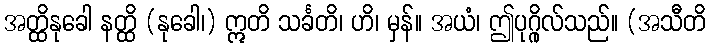
အတ္ထိနုခေါ နတ္ထိ (နုခေါ၊) ဣတိ သင်္ခတိ၊ ဟိ၊ မှန်။ အယံ၊ ဤပုဂ္ဂိုလ်သည်။ (အသီတိ